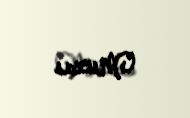
Muxas